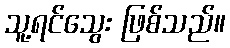
သူ့ရင်သွေး ဖြစ်သည်။